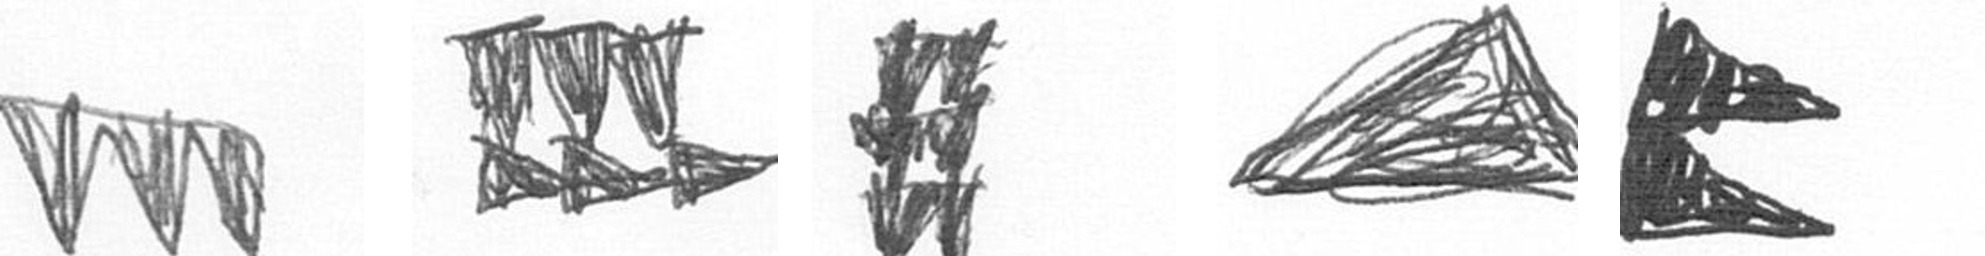
L D Y O P